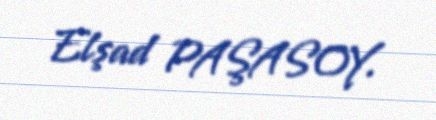
Elşad PAŞASOY.